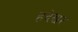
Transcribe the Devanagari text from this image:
हदेश्वर